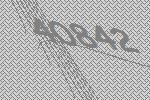
40842